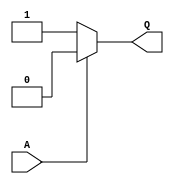
// Copyright 2020-2022 F4PGA Authors
//
// Licensed under the Apache License, Version 2.0 (the "License");
// you may not use this file except in compliance with the License.
// You may obtain a copy of the License at
//
//     http://www.apache.org/licenses/LICENSE-2.0
//
// Unless required by applicable law or agreed to in writing, software
// distributed under the License is distributed on an "AS IS" BASIS,
// WITHOUT WARRANTIES OR CONDITIONS OF ANY KIND, either express or implied.
// See the License for the specific language governing permissions and
// limitations under the License.
//
// SPDX-License-Identifier: Apache-2.0


module inv (
    output Q,
    input  A
);
  assign Q = A ? 0 : 1;
endmodule

module buff (
    output Q,
    input  A
);
  assign Q = A;
endmodule

module logic_0 (
    output a
);
  assign a = 0;
endmodule

module logic_1 (
    output a
);
  assign a = 1;
endmodule

(* blackbox *)
module gclkbuff (
    input  A,
    output Z
);

  assign Z = A;

endmodule